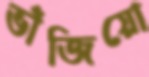
ভাঁজিয়ো